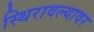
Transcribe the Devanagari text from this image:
स्थिरावल्यावर